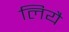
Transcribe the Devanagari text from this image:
लियै